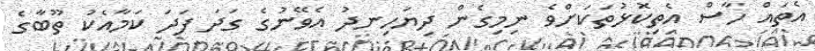
އެތައް ހާސް އެތިކޮޅުތަކަށްވެ ނިމިގެން ދިޔަހިނދު އެވޭނުގެ ގަދަ ފަދަ ކަމާއެކު ތޫބާގެ